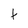
Character: t